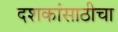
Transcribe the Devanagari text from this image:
दशकांसाठीचा